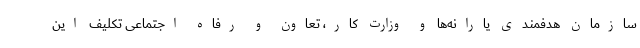
سازمان هدفمندی یارانه‌ها و وزارت کار، تعاون و رفاه اجتماعی تکلیف این